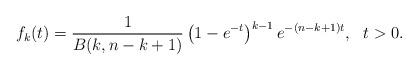
LaTeX: \begin{align*}f_{k}(t)=\frac{1}{B(k,n-k+1)}\left(1-e^{-t}\right)^{k-1}e^{-(n-k+1)t},~~t>0.\end{align*}